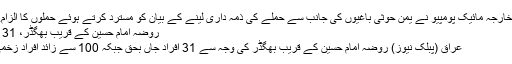
امریکی وزیر خارجہ مائیک پومپیو نے یمن حوثی باغیوں کی جانب سے حملے کی ذمہ داری لینے کے بیان کو مسترد کرتے ہوئے حملوں کا الزام... مزید پڑھیں
روضہ امام حسینؑ کے قریب بھگڈر، 31 افراد جاں بحق
عراق (پبلک نیوز) روضہ امام حسینؑ کے قریب بھگڈر کی وجہ سے 31 افراد جاں بحق جبکہ 100 سے زائد افراد زخمی ہو گئے ہیں۔